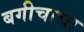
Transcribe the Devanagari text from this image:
बगीचाचा